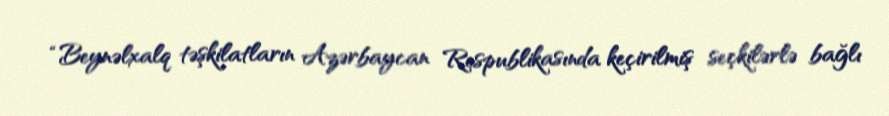
“Beynəlxalq təşkilatların Azərbaycan Respublikasında keçirilmiş seçkilərlə bağlı